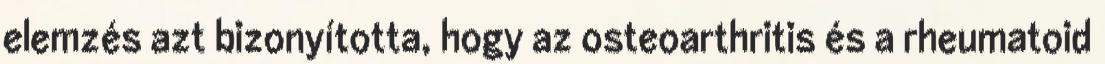
elemzés azt bizonyította, hogy az osteoarthritis és a rheumatoid